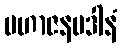
မဟာဇနပဒါနံ